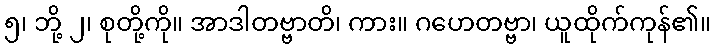
၅၊ ဘို့ ၂၊ စုတို့ကို။ အာဒါတဗ္ဗာတိ၊ ကား။ ဂဟေတဗ္ဗာ၊ ယူထိုက်ကုန်၏။